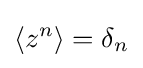
\langle z^{n}\rangle =\delta _{n}